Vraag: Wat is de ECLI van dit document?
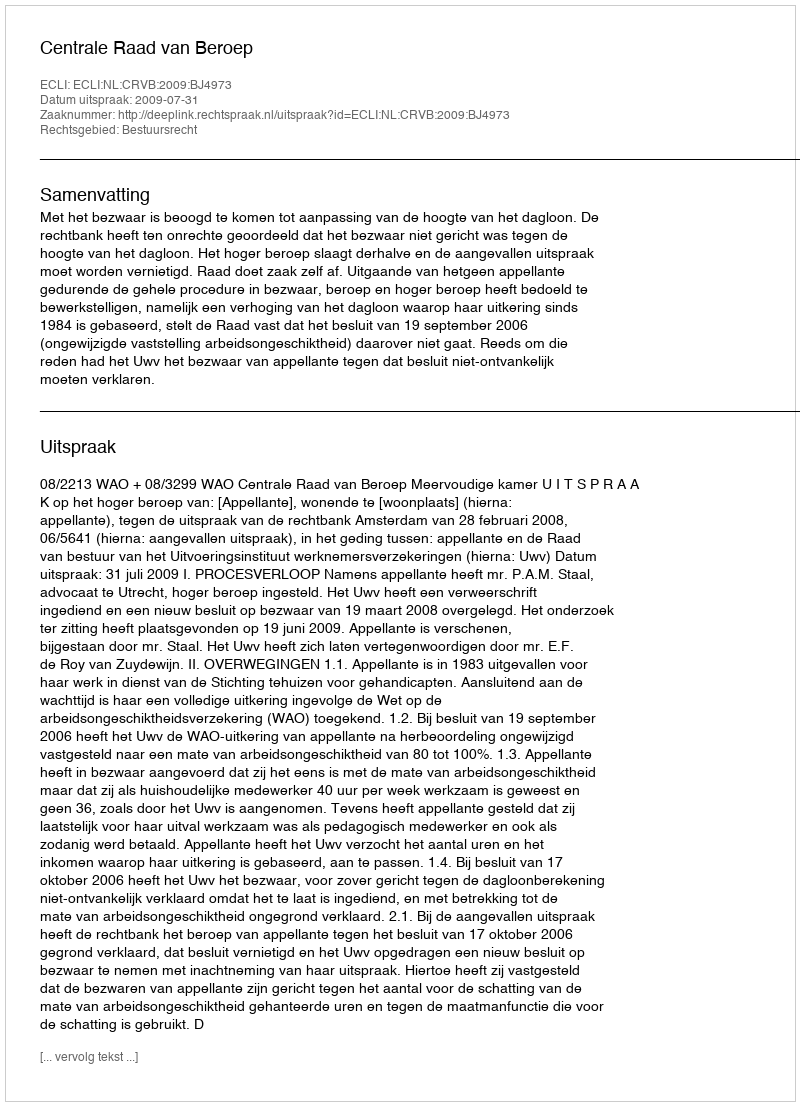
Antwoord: ECLI:NL:CRVB:2009:BJ4973